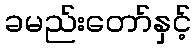
ခမည်းတော်နှင့်